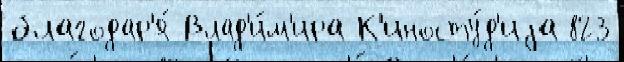
благодар'я́ Влад'и́м'ира К'иносту́д'иjа 823